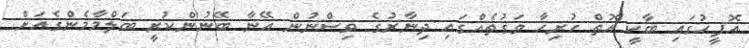
އޮފީހުގައި ބާކީ އޮތް ހުރިހާ ވަގުތެއްގައި ދިނާރުގެ ވިސްނުން އޭނާ ބޭނުންކުރީ ބަލްމާމެންގެއަށް